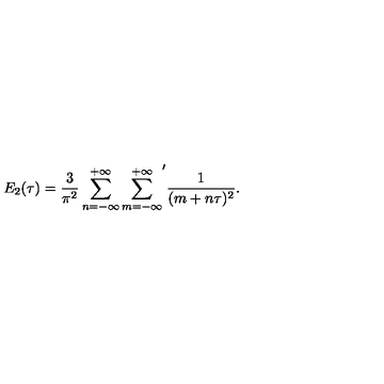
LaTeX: E _ { 2 } ( \tau ) = \frac { 3 } { \pi ^ { 2 } } \sum _ { n = - \infty } ^ { + \infty } { \sum _ { m = - \infty } ^ { + \infty } } ^ { \prime } \frac { 1 } { ( m + n \tau ) ^ { 2 } } .